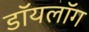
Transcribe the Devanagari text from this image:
डॉयलॉग